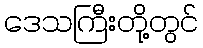
ဒေသကြီးတို့တွင်